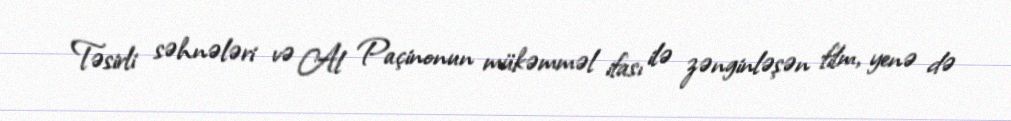
Təsirli səhnələri və Al Paçinonun mükəmməl ifası ilə zənginləşən film, yenə də